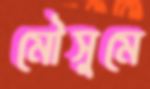
মৌসুমে